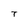
Character: T